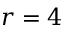
r = 4